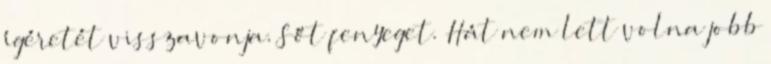
ígéretét visszavonja. Sőt fenyeget. Hát nem lett volna jobb